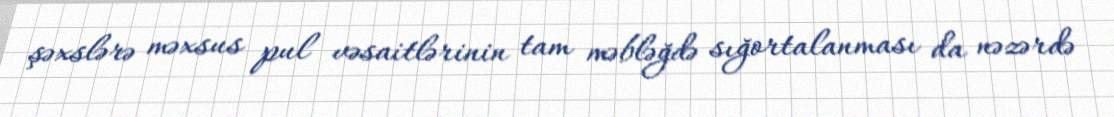
şəxslərə məxsus pul vəsaitlərinin tam məbləğdə sığortalanması da nəzərdə